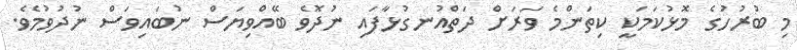
މި ބުރުހުގެ މޮޅުކަމަކީ ކިތަންމެ ވަރަށް ދަތްއުނގުޅާފައި ނުދޮވެ ބޭއްވިޔަސް ނުބައިވަސް ނުދުވުމެވެ.